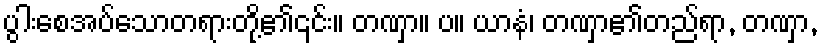
ပွါးစေအပ်သောတရားတို့၏၎င်း။ တဏှာ။ ပ။ ယာနံ၊ တဏှာ၏တည်ရာ, တဏှာ,